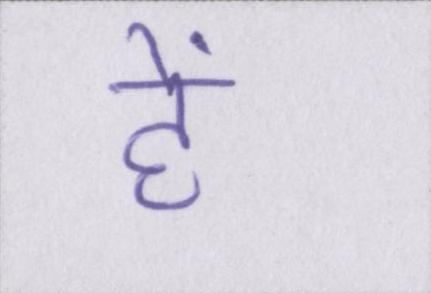
हें।